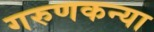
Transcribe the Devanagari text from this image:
गरुणकन्या